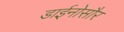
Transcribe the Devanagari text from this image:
डाईनोसौर